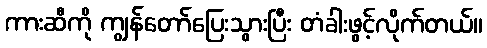
ကားဆီကို ကျွန်တော်ပြေးသွားပြီး တံခါးဖွင့်လိုက်တယ်။